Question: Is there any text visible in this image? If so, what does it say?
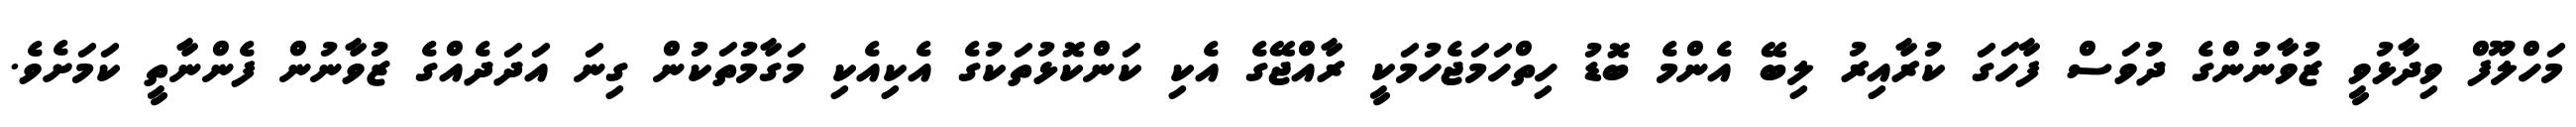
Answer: މަހްލޫފް ވިދާޅުވީ ޒުވާނުންގެ ދުވަސް ފާހަގަ ކުރާއިރު ލިބޭ އެންމެ ބޮޑު ހިތްހަމަޖެހުމަކީ ރާއްޖޭގެ އެކި ކަންކޮޅުތަކުގެ އެކިއެކި މަގާމުތަކުން ގިނަ އަދަދެއްގެ ޒުވާނުން ފެންނާތީ ކަމަށެވެ.